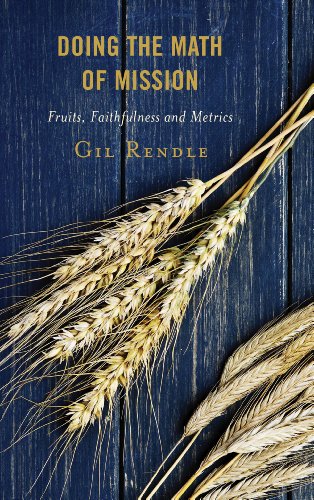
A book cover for Doing the Math of Mission: Fruits, Faithfulness, and Metrics; Gil Rendle Senior Consultant; Christian Books & Bibles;